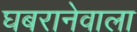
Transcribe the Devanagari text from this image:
घबरानेवाला